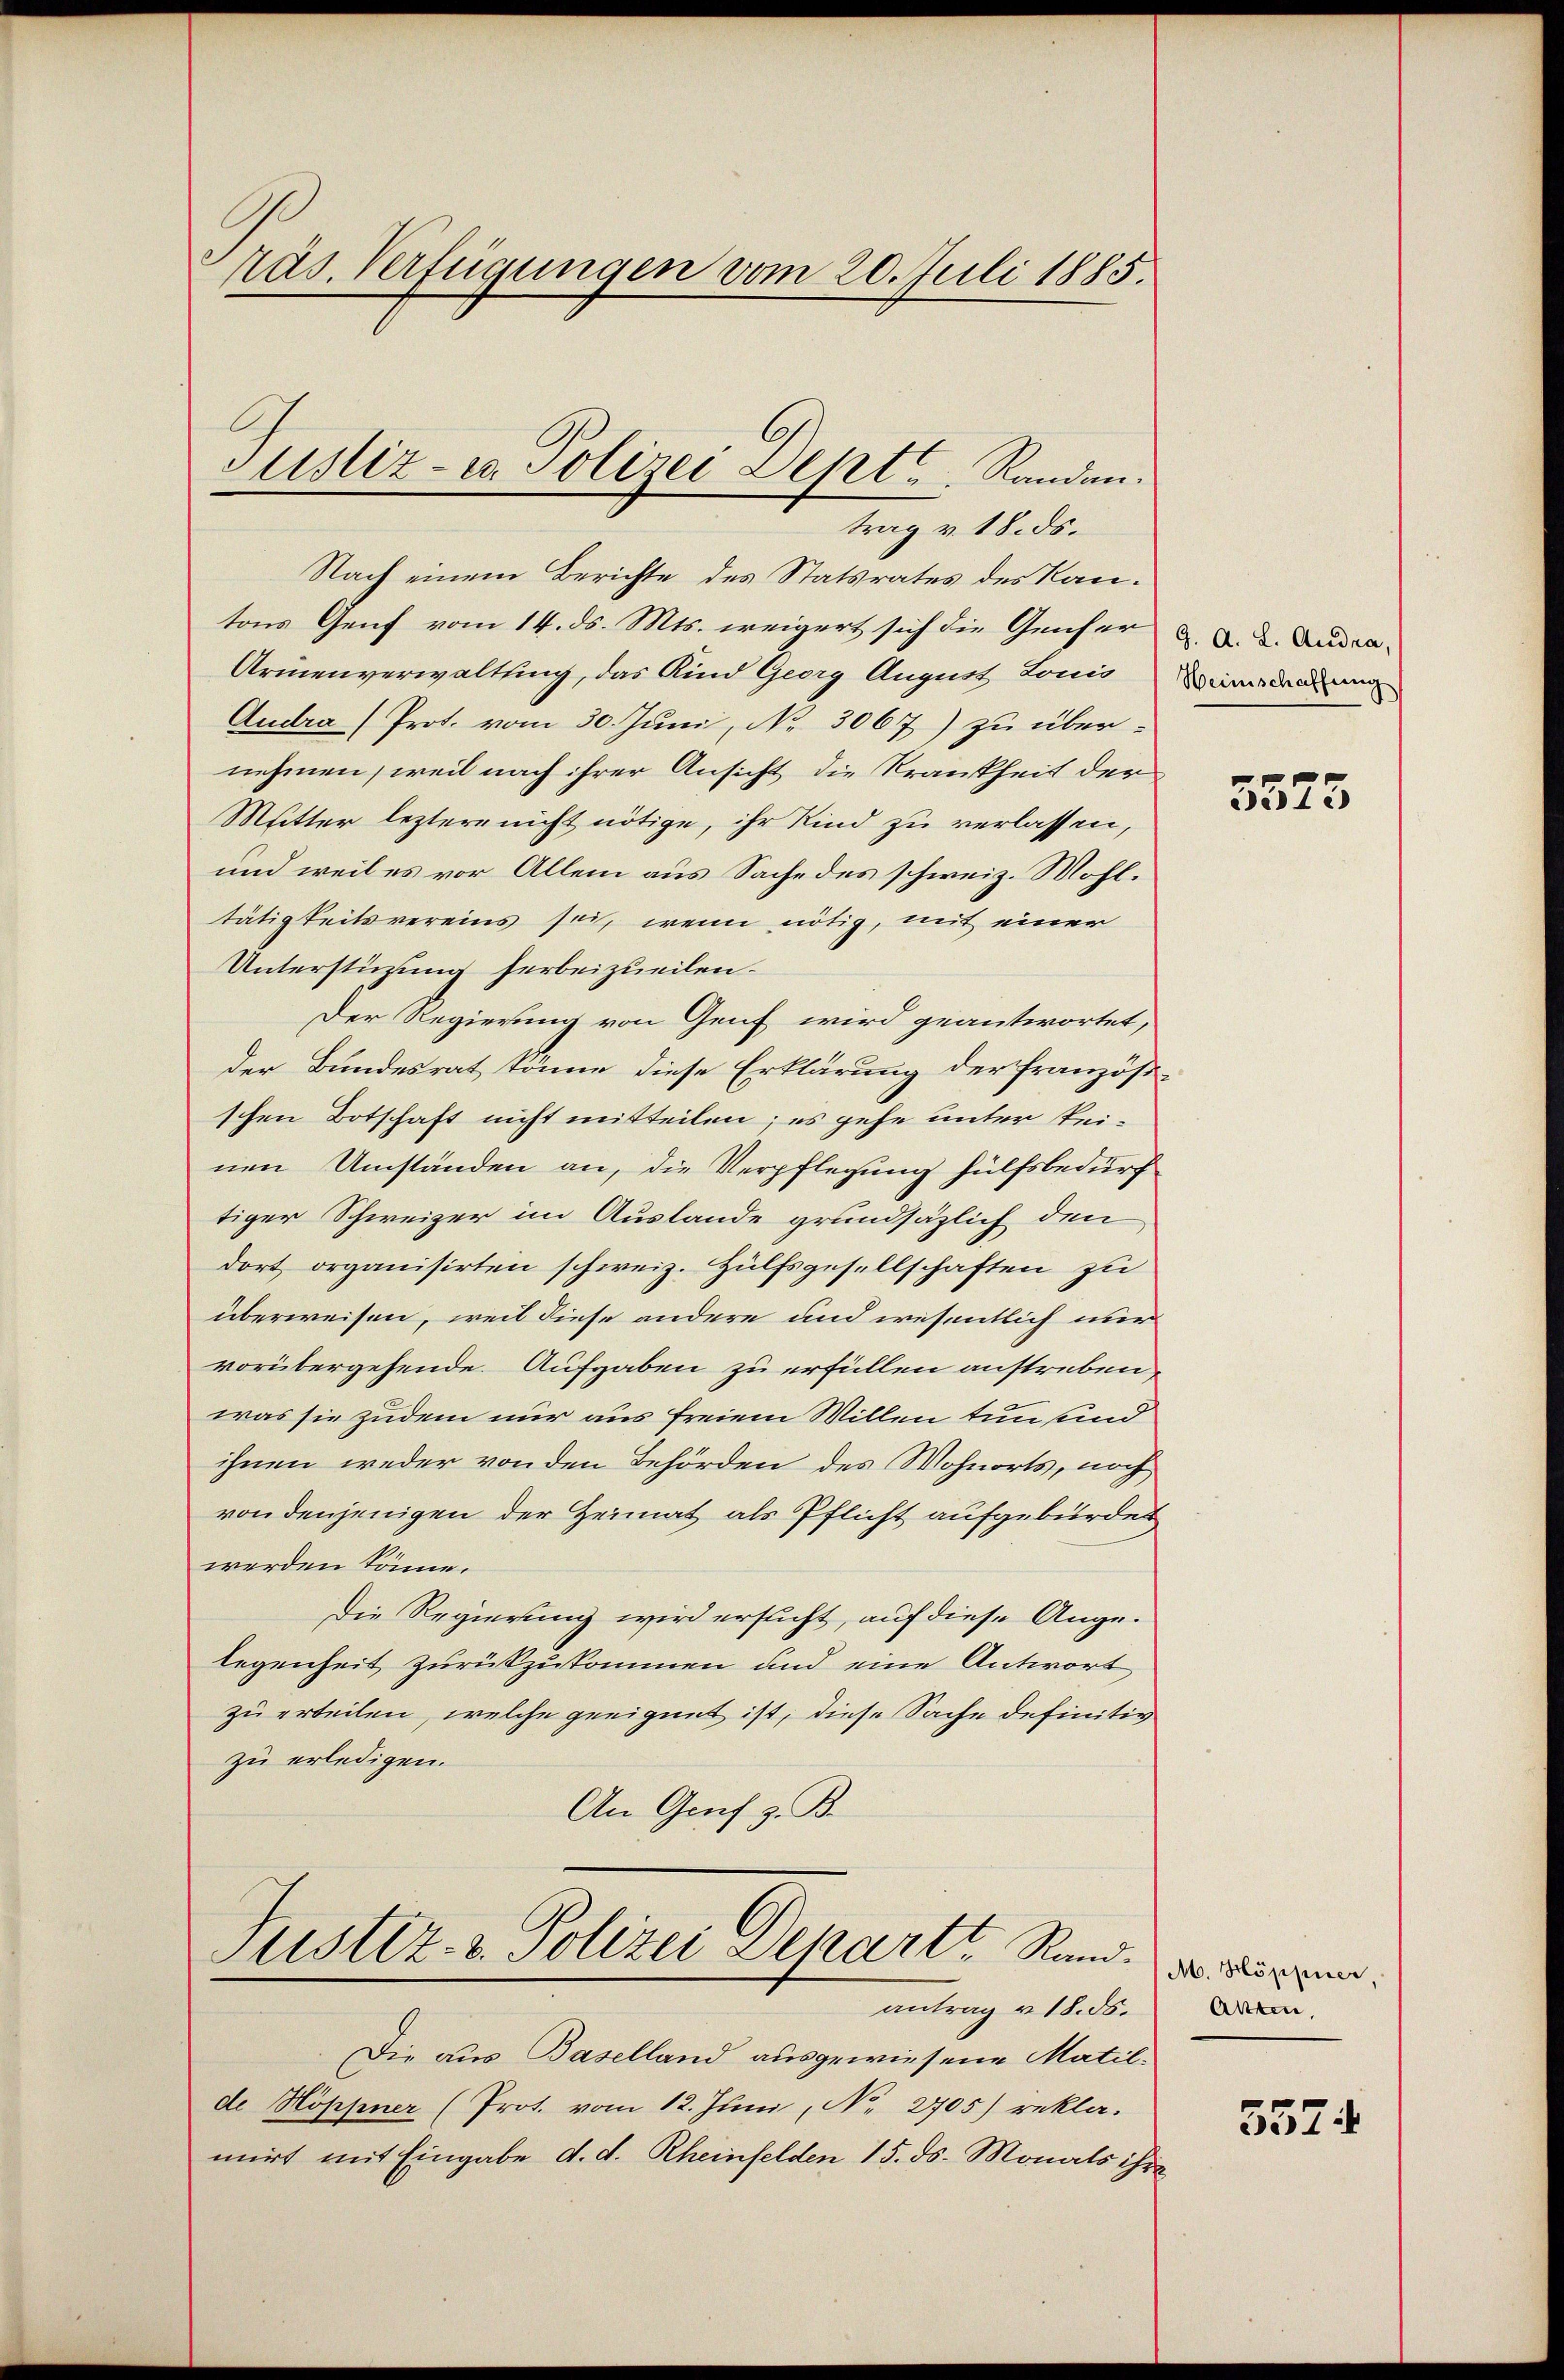
räs. Verfügungen vom 20. Juli 1885.

Nach einem Berichte des Statsrates des Kantons Genf vom 14. ds. Mts. weigert sich die Genfer
Armenverwaltung, das Kind Georg August Louis
Audra (Prot. vom 30. Juni, No. 3067) zu über-
nehmen, weil nach ihrer Ansicht die Krankheit der
Mutter leztere nicht nötige, ihr Kind zu verlassen,
und weil es vor Allem aus Sache des schweiz. Mohl.
tätigkeitsvereins sei, wenn nötig, mit einer
Unterstüzung herbeizueilen.
Der Regierung von Genf wird geantwortet,
der Bundesrat könne diese Erklärung der französi-
schen Botschaft nicht mitteilen; es gehe unter keinen Umständen an, die Verpflegung hülfsbedurf
tiger Schweizer im Auslande grundsätzlich den
dort organisirten schweiz. Hülfsgesellschaften zu
überweisen, weil diese andere und wesentlich nur
vorübergehende. Aufgaben zu erfüllen anstreben,
was sie zudem nur aus freiem Willen tun und
ihnen weder von den Behörden des Wohnorts, noch
von denjenigen der Heimat als Pflicht aufgebürdet
werden könne.
Die Regierung wird ersucht, auf diese Ange-
legenheit zurückzukommen und eine Antwort
zu erteilen, welche geeignet ist, diese Sache definitiv
zu erledigen.
An Graf z. B.

Justiz- u. Polizei Dept. Randantrag v. 18. ds.

Justiz- & Polizei Depart Rand.
antrag v. 18. ds.

Die aus Baselland ausgewiesene Matilde Höppner (Prot. vom 12. Juni, No. 2705) rekla-
mirt mit Eingabe d. d. Rheinfelden 15. ds. Monats ihre

G. A. L. Audra,
Heimschaffung

3573

M. Höppier
Akten,

557